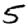
Digit: 5